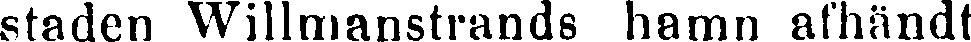
staden Willmanstrands hamn afhändt